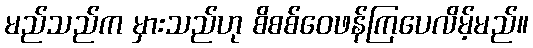
မည်သည်က မှားသည်ဟု စိစစ်ဝေဖန်ကြပေလိမ့်မည်။